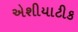
એશીયાટીક